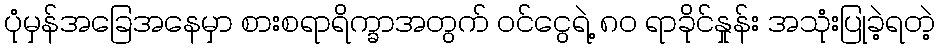
ပုံမှန်အခြေအနေမှာ စားစရာရိက္ခာအတွက် ဝင်ငွေရဲ့ ၈၀ ရာခိုင်နှုန်း အသုံးပြုခဲ့ရတဲ့